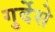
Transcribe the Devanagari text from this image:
गुर्देसे